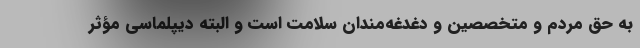
به حق مردم و متخصصین و دغدغه‌مندان سلامت است و البته دیپلماسی مؤثر